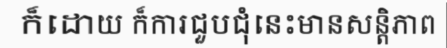
ក៏ដោយ ក៏ការជួបជុំនេះមានសន្តិភាព